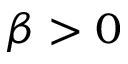
\beta > 0